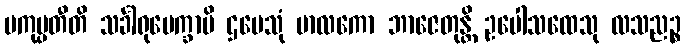
ပကုပ္ပတီတိ သင်္ခါရုပေက္ခာပိ ဌပေသုံ ဗာလကော ဘာဇေတုန္တိ ဥပေါသထေသု လသညဉ္စ